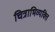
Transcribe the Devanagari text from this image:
चित्राभिव्यक्ति